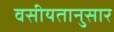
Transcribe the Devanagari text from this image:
वसीयतानुसार